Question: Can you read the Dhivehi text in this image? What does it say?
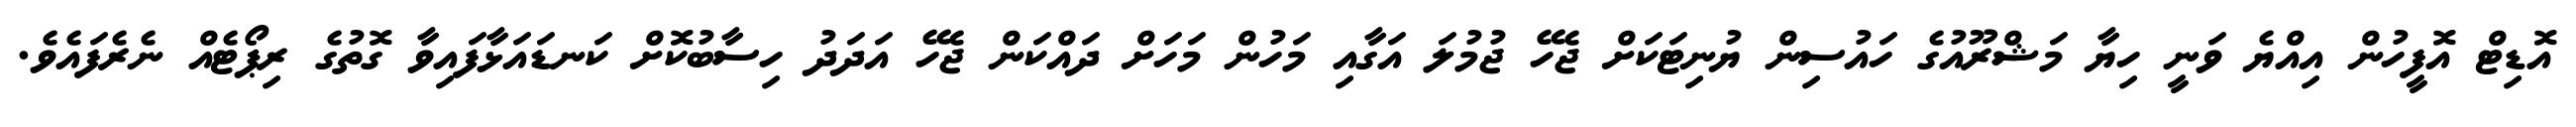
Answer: އޮޑިޓް އޮފީހުން އިއްޔެ ވަނީ ހިޔާ މަޝްރޫއުގެ ހައުސިން ޔުނިޓަކަށް ޖެހޭ ޖުމުލަ އަގާއި މަހުން މަހަށް ދައްކަން ޖެހޭ އަދަދު ހިސާބުކޮށް ކަނޑައަޅާފައިވާ ގޮތުގެ ރިޕޯޓެއް ނެރެފައެވެ.